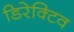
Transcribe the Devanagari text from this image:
डिरेक्टिव